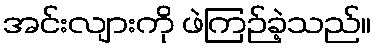
အင်းလျားကို ဖဲကြဉ်ခဲ့သည်။